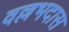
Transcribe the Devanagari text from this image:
वल्लभदास